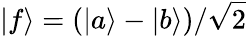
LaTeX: \vert f\rangle=(\vert a\rangle-\vert b\rangle)/\sqrt{2}